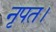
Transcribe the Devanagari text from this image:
नृपत।